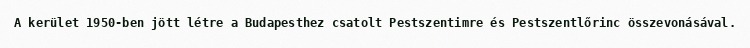
A kerület 1950-ben jött létre a Budapesthez csatolt Pestszentimre és Pestszentlőrinc összevonásával.